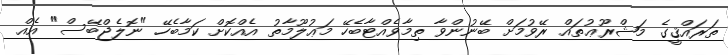
ތަރައްޤީގެ މަޝްރޫޢުތައް ރޭވުމަށް ބޭނުންވާ ތިމާވެއްޓާބެހޭ މަޢުލޫމާތު އެއްކޮށް ކަމާބެހޭ "ނޮލެޖްބޭސް" އެއް